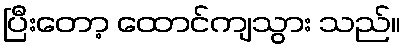
ပြီးတော့ ထောင်ကျသွား သည်။